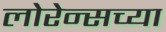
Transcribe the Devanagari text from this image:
लोरेन्सच्या